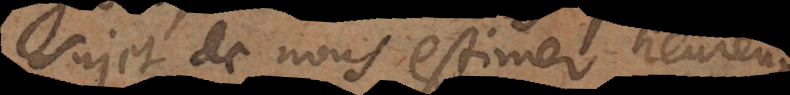
sujet de nous estimer heureux